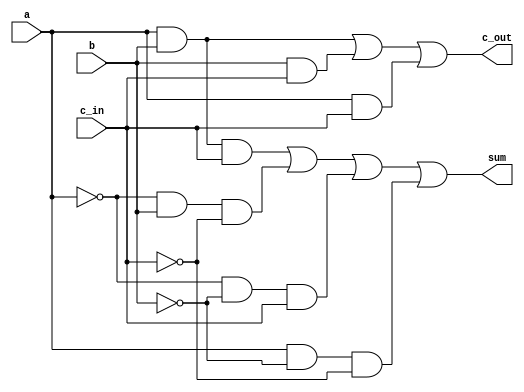
module fulladd1b(sum,c_out,	a,b,c_in);
output sum,c_out;
input a,b,c_in;

//internal nets
wire d,e,f,g,h,i,j;

//instantiations primitives

//sum
and(d,a,b,c_in);
and(e,~a,b,~c_in);
and(f,~a,~b,c_in);
and(g,a,~b,~c_in);
or(sum,d,e,f,g);

//c_out
and(h,a,b);
and(i,b,c_in);
and(j,a,c_in);
or(c_out,h,i,j);

endmodule